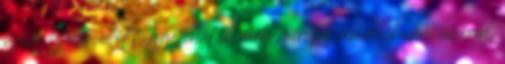
szóló sztori, ettől függetlenül én még mindig reménykedem abban,